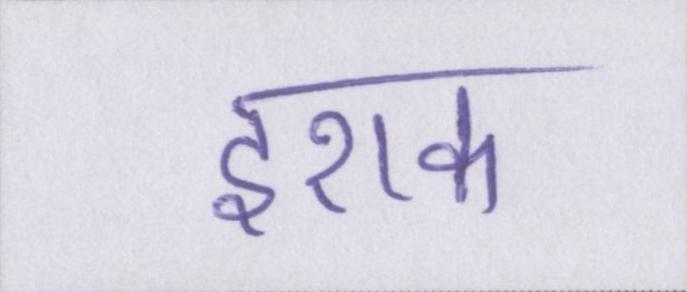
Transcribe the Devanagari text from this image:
इराक